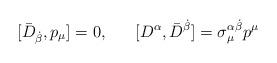
LaTeX: \begin{align*}[\bar{D}_{\dot{\beta}}, p_{\mu}] = 0, ~~~~~ [D^{\alpha}, \bar{D}^{\dot{\beta}}] = \sigma_{\mu}^{\alpha \dot{\beta}} p^{\mu}\end{align*}